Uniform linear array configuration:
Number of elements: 12
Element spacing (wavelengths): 1
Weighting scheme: cosine
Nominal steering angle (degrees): -30
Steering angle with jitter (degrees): -30.039
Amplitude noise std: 0.05
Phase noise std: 0.05

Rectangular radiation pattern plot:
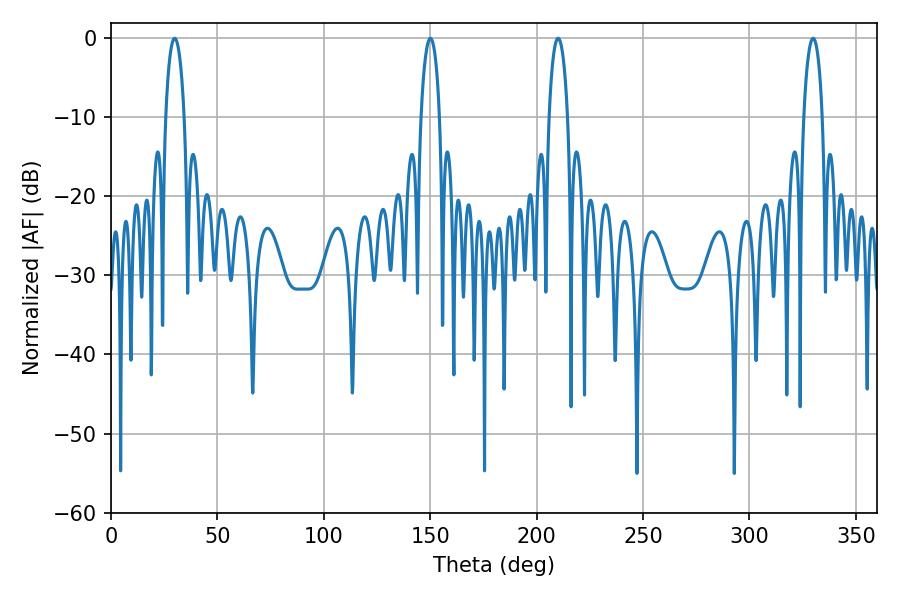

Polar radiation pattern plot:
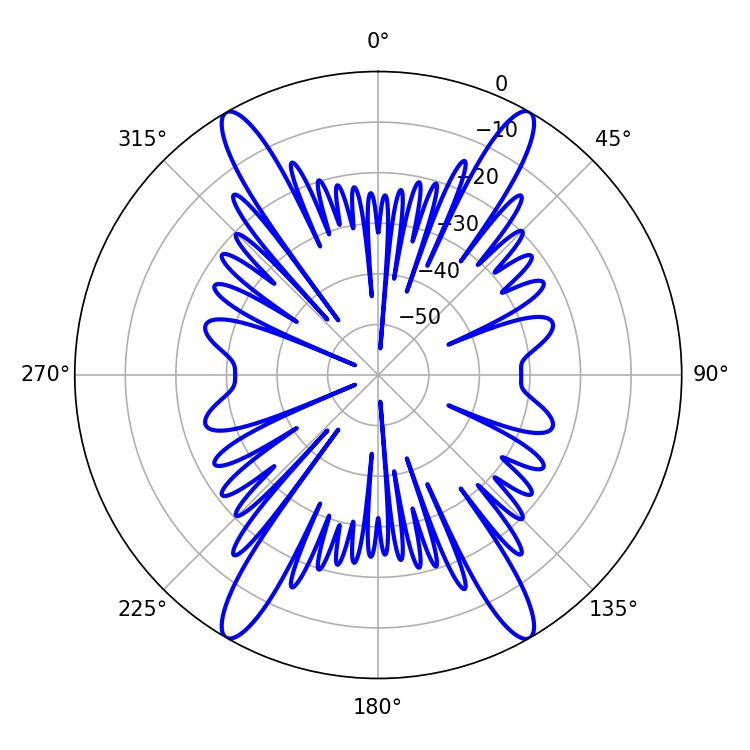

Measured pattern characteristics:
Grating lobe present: TRUE
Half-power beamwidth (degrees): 5.04
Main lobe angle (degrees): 210.06